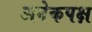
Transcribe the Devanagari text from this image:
अनेकपक्ष